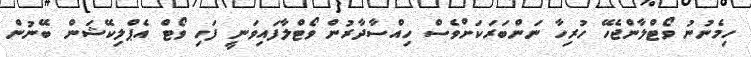
ހިމެނުނު ވޯޓްލާންޖެހޭ ހުރިހާ ނަންބަރަކަށްވެސް ހިއްސާދާރުން ވޯޓްލާފައިވަނީ ފަހި ވޯޓް އެޕްލިކޭޝަން ބޭނުން